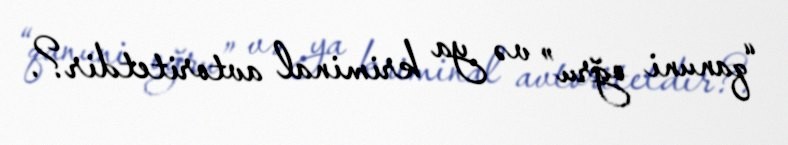
“qanuni oğru” və ya kriminal avtoritetdir?.